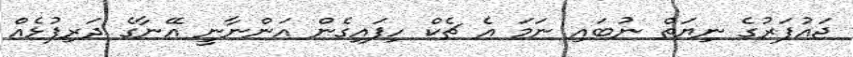
ޖައުފަރުގެ ނިޔަތް ނުބައި ނަމަ އެ ޗެކް ހިފައިގެން އަންނާނީ އޭނާގެ ދަރިފުޅެއް